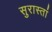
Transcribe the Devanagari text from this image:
सुरास्तां